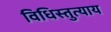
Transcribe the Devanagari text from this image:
विधिस्तुत्याय